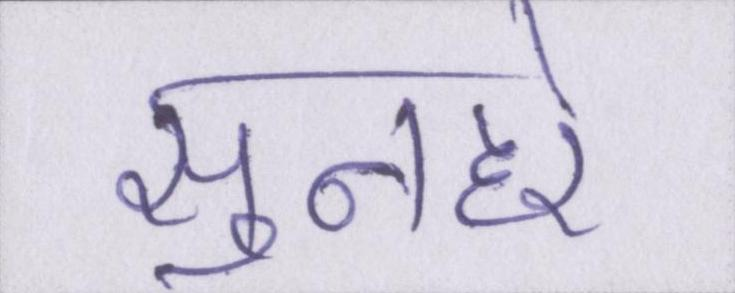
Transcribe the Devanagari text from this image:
सुनहरे